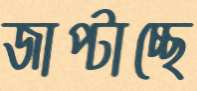
জাপ্‌টাচ্ছে